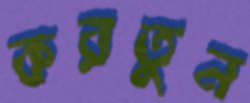
করতুন